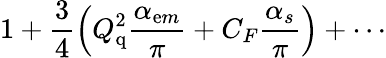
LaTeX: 1+\frac{3}{4}\left(Q_{\mathrm{q}}^{2}\frac{\alpha_{\mathrm em}}{\pi}+C_{F}\frac{\alpha_{s}}{\pi}\right)+\cdots